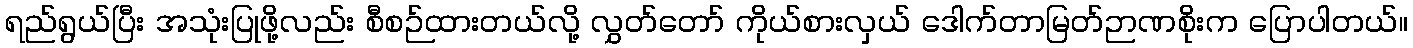
ရည်ရွယ်ပြီး အသုံးပြုဖို့လည်း စီစဉ်ထားတယ်လို့ လွှတ်တော် ကိုယ်စားလှယ် ဒေါက်တာမြတ်ဉာဏစိုးက ပြောပါတယ်။